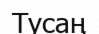
Тусаң